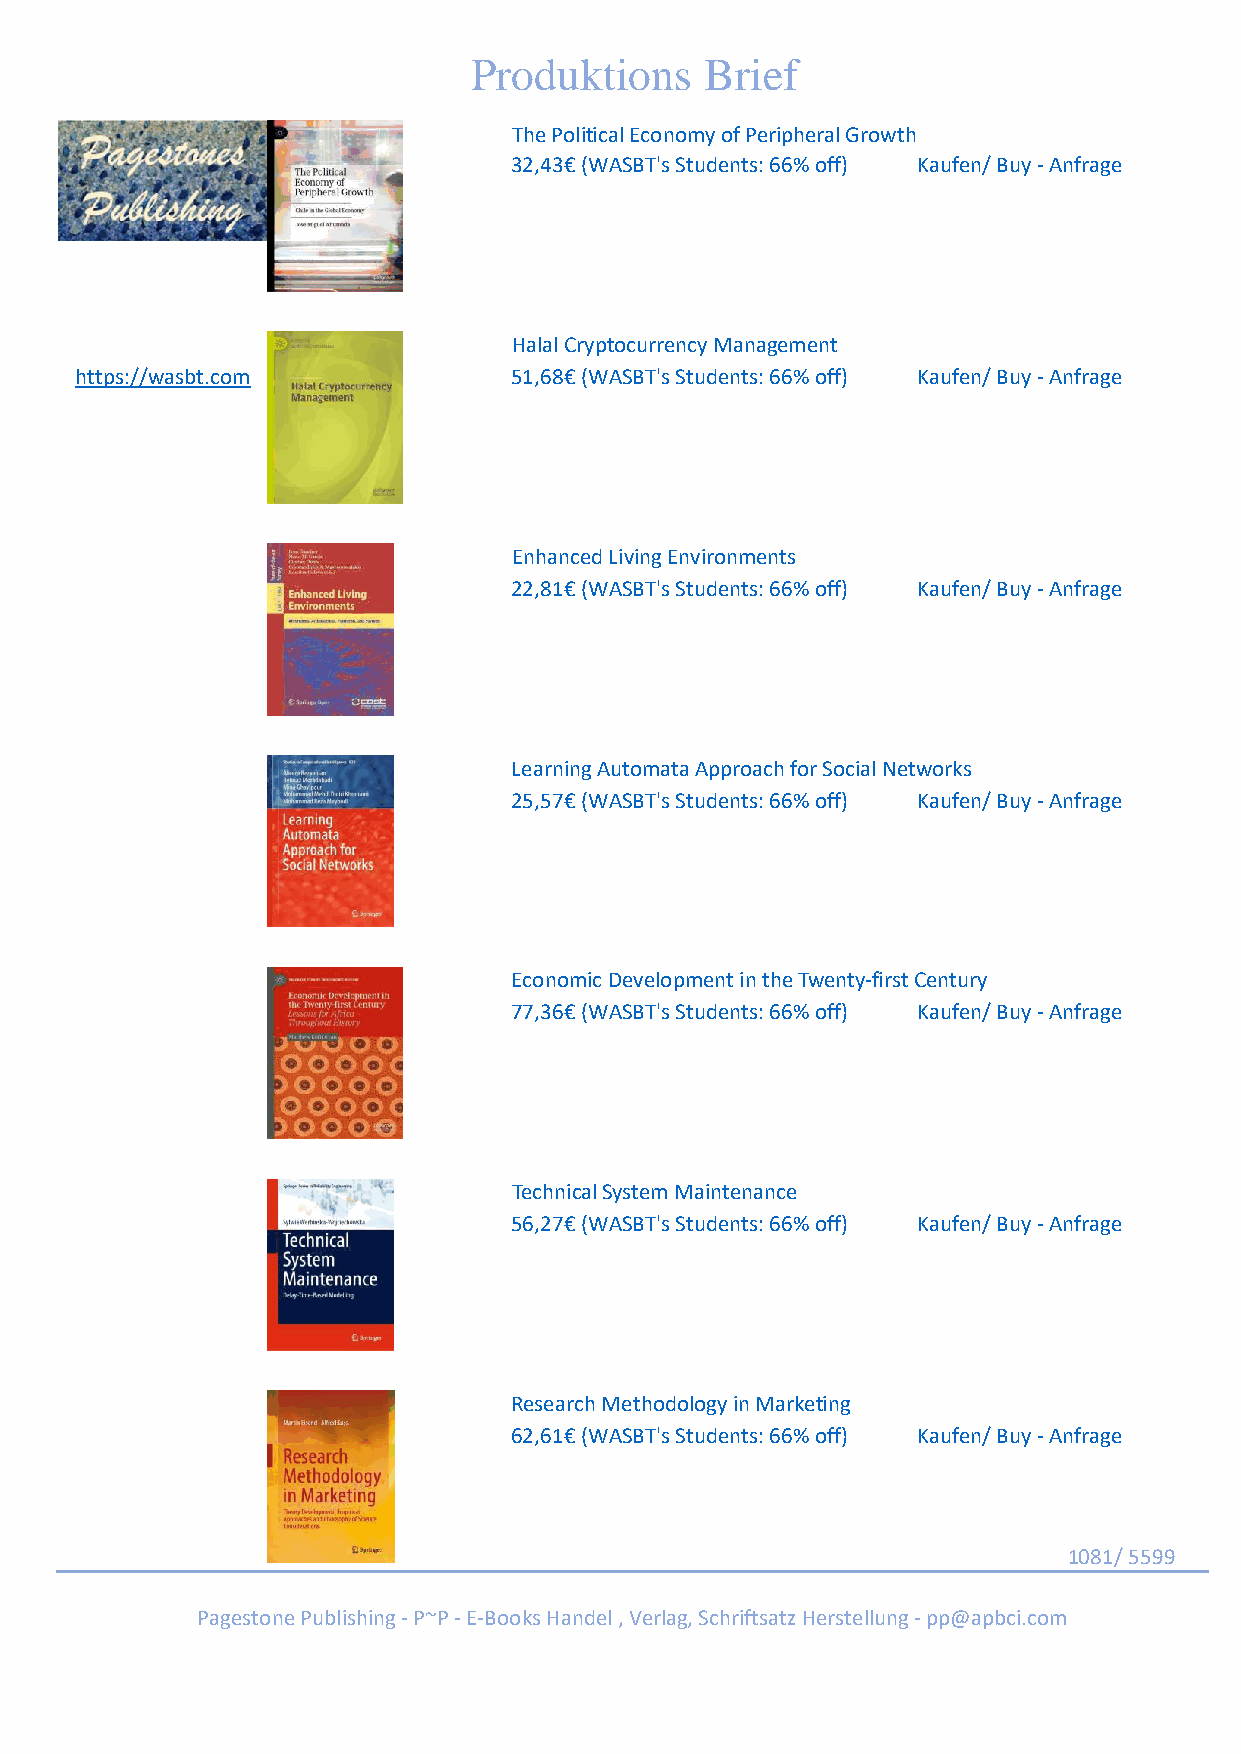
Produktions     Brief
 The Political Economy of Peripheral Growth
 32,43€ (WASBT's Students: 66% off) Kaufen/ Buy - Anfrage
 Halal Cryptocurrency Management
 https://wasbt.com            51,68€ (WASBT's Students: 66% off) Kaufen/ Buy - Anfrage
 Enhanced Living Environments
 22,81€ (WASBT's Students: 66% off) Kaufen/ Buy - Anfrage
 Learning Automata Approach for Social Networks
 25,57€ (WASBT's Students: 66% off) Kaufen/ Buy - Anfrage
 Economic Development in the Twenty-first Century
 77,36€ (WASBT's Students: 66% off) Kaufen/ Buy - Anfrage
 Technical System Maintenance
 56,27€ (WASBT's Students: 66% off) Kaufen/ Buy - Anfrage
 Research Methodology in Marketing
 62,61€ (WASBT's Students: 66% off) Kaufen/ Buy - Anfrage
 1081/ 5599
 Pagestone Publishing - P~P - E-Books Handel , Verlag, Schriftsatz Herstellung - pp@apbci.com